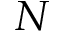
N